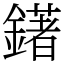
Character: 鐯